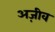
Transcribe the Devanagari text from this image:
अज़ीव